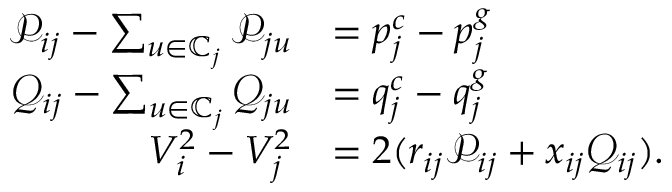
\begin{array} { r l } { \mathcal { P } _ { i j } - \sum _ { u \in \mathbb { C } _ { j } } \mathcal { P } _ { j u } } & { = p _ { j } ^ { c } - p _ { j } ^ { g } } \\ { \mathcal { Q } _ { i j } - \sum _ { u \in \mathbb { C } _ { j } } \mathcal { Q } _ { j u } } & { = q _ { j } ^ { c } - q _ { j } ^ { g } } \\ { V _ { i } ^ { 2 } - V _ { j } ^ { 2 } } & { = 2 ( r _ { i j } \mathcal { P } _ { i j } + x _ { i j } \mathcal { Q } _ { i j } ) . } \end{array}